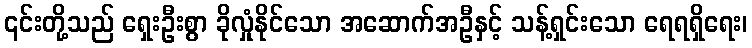
၎င်းတို့သည် ရှေးဦးစွာ ခိုလှုံနိုင်သော အဆောက်အဦနှင့် သန့်ရှင်းသော ရေရရှိရေး၊